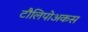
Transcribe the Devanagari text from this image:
टौलिपोअकस